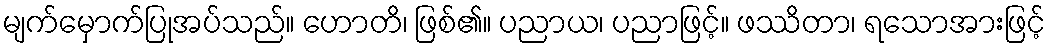
မျက်မှောက်ပြုအပ်သည်။ ဟောတိ၊ ဖြစ်၏။ ပညာယ၊ ပညာဖြင့်။ ဖဿိတာ၊ ရသောအားဖြင့်